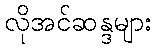
လိုအင်ဆန္ဒများ